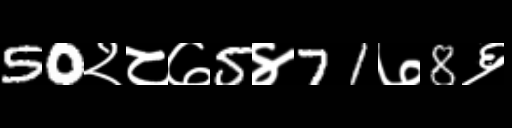
Text: 50२८७5४71७8६